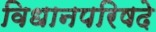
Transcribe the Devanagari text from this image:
विधानपरिषदे